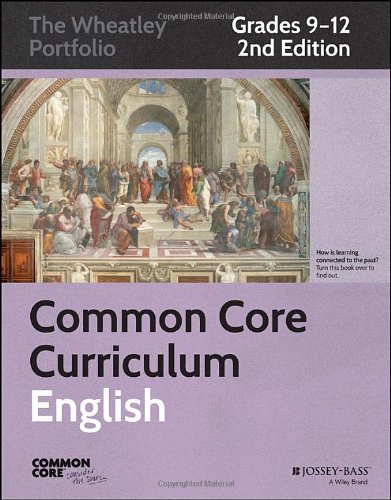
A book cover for Common Core Curriculum: English, Grades 9-12 (Common Core English: The Wheatley Portfolio); Great Minds; Education & Teaching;